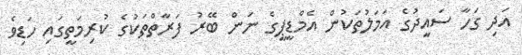
އަދި ގަހާ ސައީދުގެ އަމަލުތަކުން އެމްޑީޕީގެ ނަން ބޭރު ފަރާތްތަކުގެ ކުރިމަތީގައި ހަޑިވެ